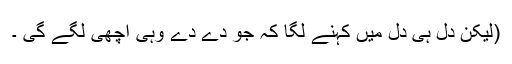
(لیکن دل ہی دل میں کہنے لگا کہ جو دے دے وہی اچھی لگے گی ۔